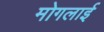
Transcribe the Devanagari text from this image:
मोगलार्इ